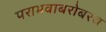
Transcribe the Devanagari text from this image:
पराभवाबरोबरच